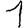
Digit: 1